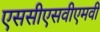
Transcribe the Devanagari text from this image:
एससीएसवीएमवी